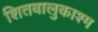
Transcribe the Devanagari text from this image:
शितबालुकाश्म